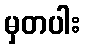
မှတပါး